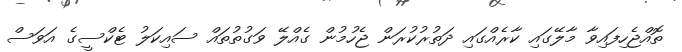
ތޮއްޖެހިފައިވާ މާލޭގައި ކާރެއްގައި ދަތުރުކުރަން ޖެހުމުން ގެއްލޭ ވަގުތުތައް ސައިކަލު ޓެކްސީގެ އަވަސް